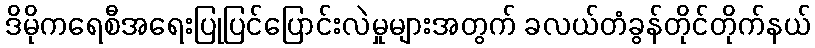
ဒိမိုကရေစီအရေးပြုပြင်ပြောင်းလဲမှုများအတွက် ခလယ်တံခွန်တိုင်တိုက်နယ်